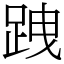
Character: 跩